Vaccination United Provinces of Agra and Oudh 1902-1913 - 1902-1913
Year: 1902
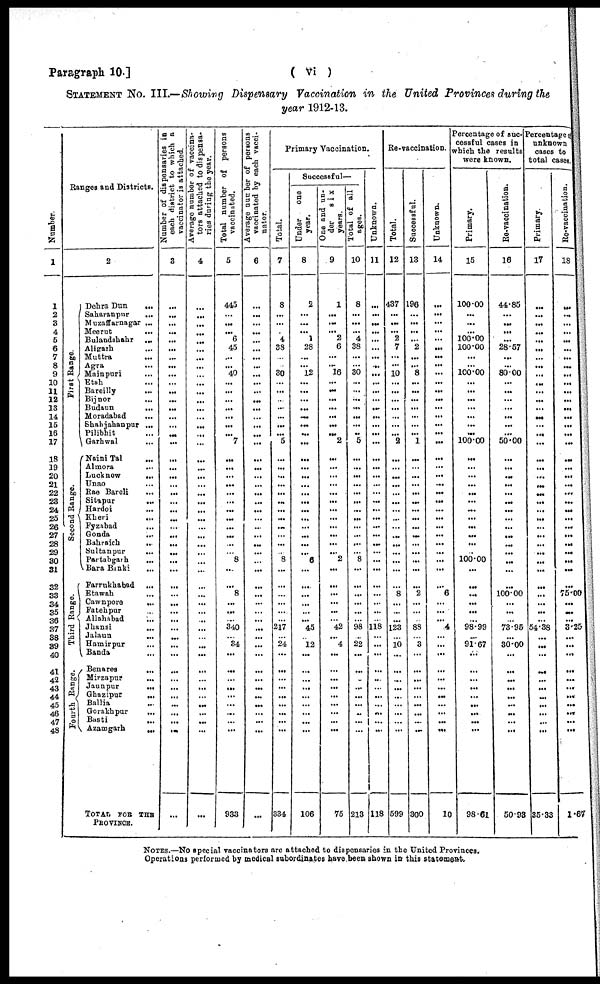
Paragraph 10.]
( vi )
STATEMENT No. III.—Showing Dispensary Vaccination in the United Provinces during the
year 1912-13.
Number.
1
1
2
3
4
5
6
7
8
9
10
11
12
13
14
15
16
17
18
19
20
21
22
28
24
25
26
27
28
29
30
31
32
33
34
35
36
37
38
39
40
41
42
43
44
45
46
47
48
Ranges and Districts.
2
First Range.
Second Range.
Third Range.
Fourth Range.
Dehra Dun
...
Saharanpur
...
Muzaffarnagar ...
Meerut ...
Bulandshahr ...
Aligarh ...
Muttra
...
Agra ...
Mainpuri ...
Etah ...
Bareilly ...
Bijnor
...
Budaun
...
Moradabad ...
Shahjahanpur ...
Pilibhit ...
Garhwal ...
Naini Tal
...
Almora ...
Lucknow
...
Unao ...
Rae Bareli ...
Sitapur
...
Hardoi
...
Kheri ...
Fyzabad ...
Gonda
...
Bahraich
...
Sultanpur
...
Partabgarh
...
Bara Banki
...
Farrukhabad
...
Etawah ...
Cawnpore
...
Fatehpur ...
Allahabad ...
Jhansi ...
Jalaun
...
Hamirpur ...
Banda ...
Benares
...
Mirzapur
...
Jaunpur
...
Ghazipur
...
Ballia ...
Gorakhpur
...
Basti
...
Azamgarh
...
TOTAL FOR THE
PROVINCE.
Number of dispensaries in
each district to which a
vaccinator is attached.
3
...
...
...
...
...
...
...
...
...
...
...
...
...
...
...
...
...
...
...
...
...
...
...
...
...
...
...
...
...
...
...
...
...
...
...
...
...
...
...
...
...
...
...
...
...
...
...
...
...
Average number of vaccina¬
tors attached to dispensa-
ries during the year.
4
...
...
...
...
...
...
...
...
...
...
...
...
...
...
...
...
...
...
...
...
...
...
...
...
...
...
...
...
...
...
...
...
...
...
...
...
...
...
...
...
...
...
...
...
...
...
...
...
...
Total number of persons
vaccinated.
5
445
...
...
... 6
45
...
... 40
...
...
...
...
...
...
... 7
...
...
...
...
...
...
...
...
...
...
...
...
8
...
...
8
...
...
...
340
...
34
...
...
...
...
...
...
...
...
...
933
Average number of persons
vaccinated by each vacci-
nator.
6
...
...
...
...
...
...
...
...
...
...
...
...
...
...
...
...
...
...
...
...
...
...
...
...
...
...
...
...
...
...
...
...
...
...
...
...
...
...
...
...
...
...
...
...
...
...
...
...
...
Primary Vaccination.
Total.
7
8
...
...
...
4
38
...
...
30
...
...
...
...
...
...
... 5
...
...
...
...
...
...
...
...
...
...
...
...
8
...
...
...
...
...
...
217
...
24
...
...
...
...
...
...
...
...
...
334
Successful—
Under
one
year.
8
2
...
...
... 1
28
...
... 12
...
...
...
...
...
...
...
...
...
...
...
...
...
...
...
...
...
...
...
...
6
...
...
...
...
...
... 45
...
12
...
...
...
...
...
...
...
...
...
106
O
ne and un-
der
six
years.
9
1
...
...
... 2
6
...
... 16
...
...
...
...
...
...
...
2
...
...
...
...
...
...
...
...
...
...
...
...
2
...
...
...
...
...
... 42
...
4
...
...
...
...
...
...
...
...
...
75
Total of all
ages.
10
8
...
...
... 4
38
...
...
30
...
...
...
...
...
...
... 5
...
...
...
...
...
...
...
...
...
...
...
...
8
...
...
...
...
...
...
98
...
22
...
...
...
...
...
...
...
...
...
213
Unknown.
11
...
...
...
...
...
...
...
...
...
...
...
...
...
...
...
...
...
...
...
...
...
...
...
...
...
...
...
...
...
...
...
...
...
...
...
...
118
...
...
...
...
...
...
...
...
...
...
...
118
Re-vaccination.
Total.
12
437
...
...
... 2
7
...
...
10
...
...
...
...
...
...
... 2
...
...
...
...
. ..
. ..
...
...
...
...
. ..
...
...
...
...
8
...
...
...
123
...
10
...
...
...
...
...
...
...
...
...
599
Successful.
13
196
...
...
...
... 2
...
... 8
...
...
...
...
...
...
... 1
...
...
...
...
...
...
...
...
...
...
...
...
...
...
...
2
...
...
...
88
...
3
...
...
...
...
...
...
...
...
...
300
Unknown.
14
...
...
...
...
...
...
...
...
...
...
...
...
...
...
...
...
...
...
...
...
...
...
...
...
...
...
...
...
...
...
...
...
6
...
...
... 4
...
...
...
...
...
...
...
...
...
...
...
10
Percentage of suc¬
cessful cases in
which the results
were known.
Primary.
15
100.00
...
...
...
100.00
100.00
...
...
100.00
...
...
...
...
...
...
...
100.00
...
...
...
...
...
...
...
...
...
...
...
...
100.00
...
...
...
...
...
...
98.99
...
91.67
...
...
...
...
...
...
...
...
...
98.61
Re-vaccination.
16
44.85
...
...
...
...
28.57
...
...
80.00
...
...
...
...
...
...
...
50.00
...
...
...
...
...
...
...
...
...
...
...
...
...
...
...
100.00
...
...
...
73.95
...
30.00
...
...
...
...
...
...
...
...
...
50.93
Percentage of
unknown
cases to
total cases.
Primary.
17
...
...
...
...
...
...
...
...
...
...
...
...
...
...
...
...
...
...
...
...
...
...
...
...
...
...
...
...
...
...
...
...
...
...
...
54.38
...
...
...
...
...
...
...
...
...
...
...
35.33
Re-vaccination.
18
...
...
...
...
...
...
...
...
...
...
...
...
...
...
...
...
...
...
...
...
...
...
...
...
...
...
...
...
...
...
...
75.00
...
...
...
3.25
...
...
...
...
...
...
...
...
...
...
...
1.67
NOTES.—No special vaccinators are attached to dispensaries in the United Provinces.
Operations performed by medical subordinates have been shown in this statement.